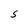
Character: S